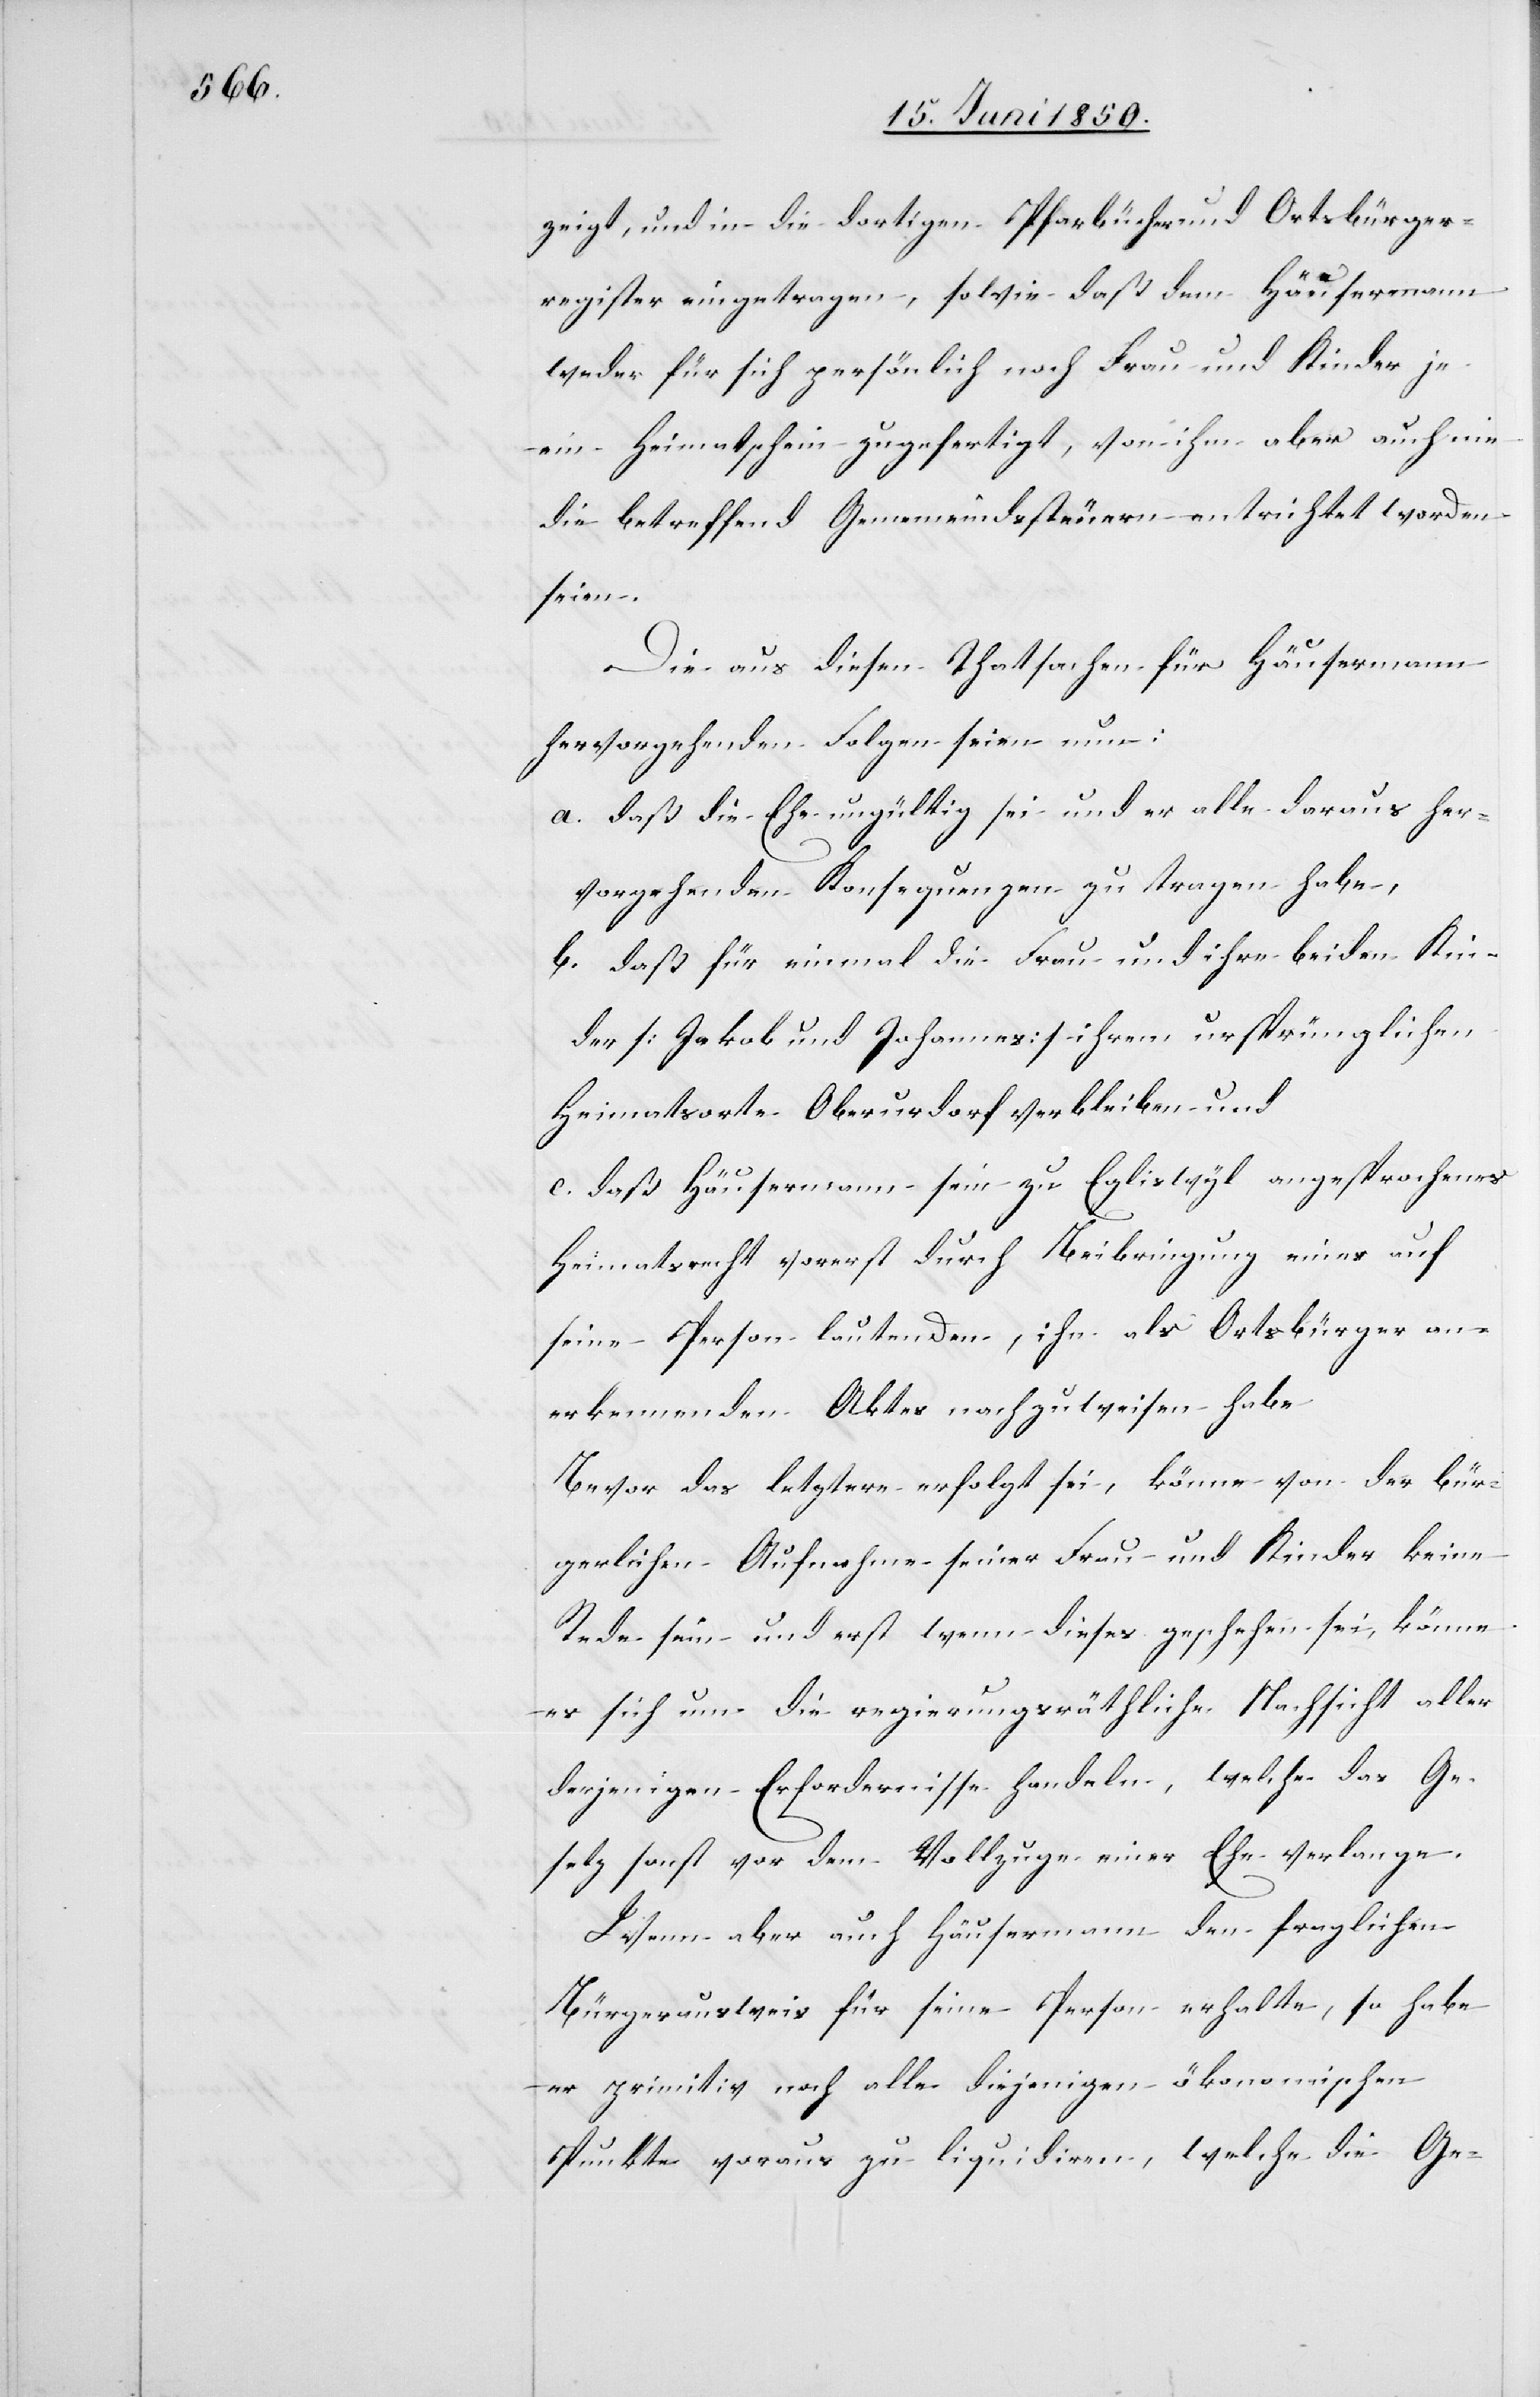
zeigt, und in die dortigen Pfarbücher und Ortsbürger¬
register eingetragen, sowie daß dem Häusermann
weder für sich persönlich noch Frau und Kinder je
ein Heimatschein zugefertigt, von ihm aber auch nie
die betreffend Gemeindssteuern entrichtete worden
seien.
Die aus diesen Thatsachen für Häusermann
hervorgehenden Folgen seien nun:
a. daß die Ehe ungültig sei und er alle daraus her¬
vorgehenden Konsequenzen zu tragen habe,
b. daß für einmal die Frau und ihre beiden Kin¬
der [Jakob und Johannes] ihrem ursprünglichen
Heimatsorte Oberurdorf verbleiben und
c. daß Häusermann sein zu Egliswyl angesprochenes
Heimatsrecht vorerst durch Beibringung eines auf
seine Person lautenden, ihn als Ortsbürger an¬
erkennenden Aktes nachzuweisen habe.
Bevor das letztere erfolgt sei, könne von der bür¬
gerlichen Aufnahme seiner Frau und Kinder keine
Rede sein und erst wenn dieses geschehen sei, könne
es sich um die regierungsräthliche Nachsicht aller
derjenigen Erfordernisse handeln, welche das Ge¬
setz sonst vor dem Vollzuge einer Ehe verlange.
Wenn aber auch Häusermann den fraglichen
Bürgerausweis für seine Person erhalte, so habe
er primitiv noch alle diejenigen ökonomischen
Punkte voraus zu liquidiren, welche die Ge-